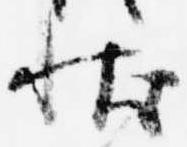
状